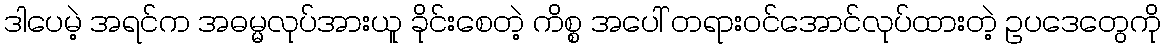
ဒါပေမဲ့ အရင်က အဓမ္မလုပ်အားယူ ခိုင်းစေတဲ့ ကိစ္စ အပေါ် တရားဝင်အောင်လုပ်ထားတဲ့ ဥပဒေတွေကို